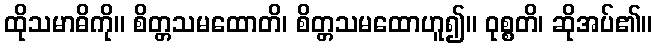
ထိုသမာဓိကို။ စိတ္တသမထောတိ၊ စိတ္တသမထောဟူ၍။ ဝုစ္စတိ၊ ဆိုအပ်၏။